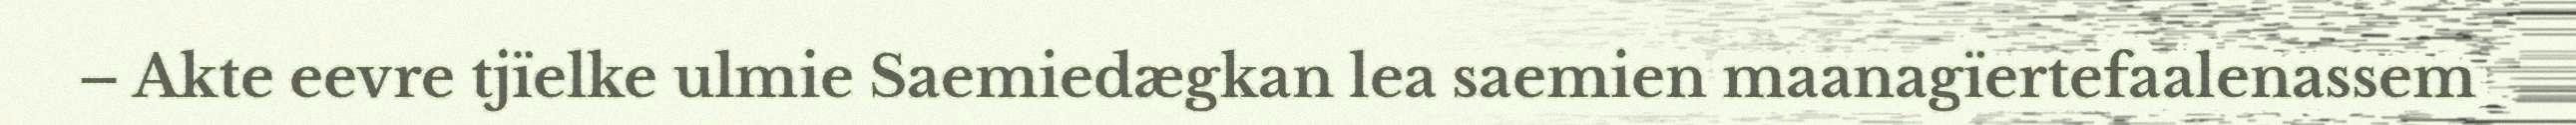
– Akte eevre tjïelke ulmie Saemiedægkan lea saemien maanagïertefaalenassem